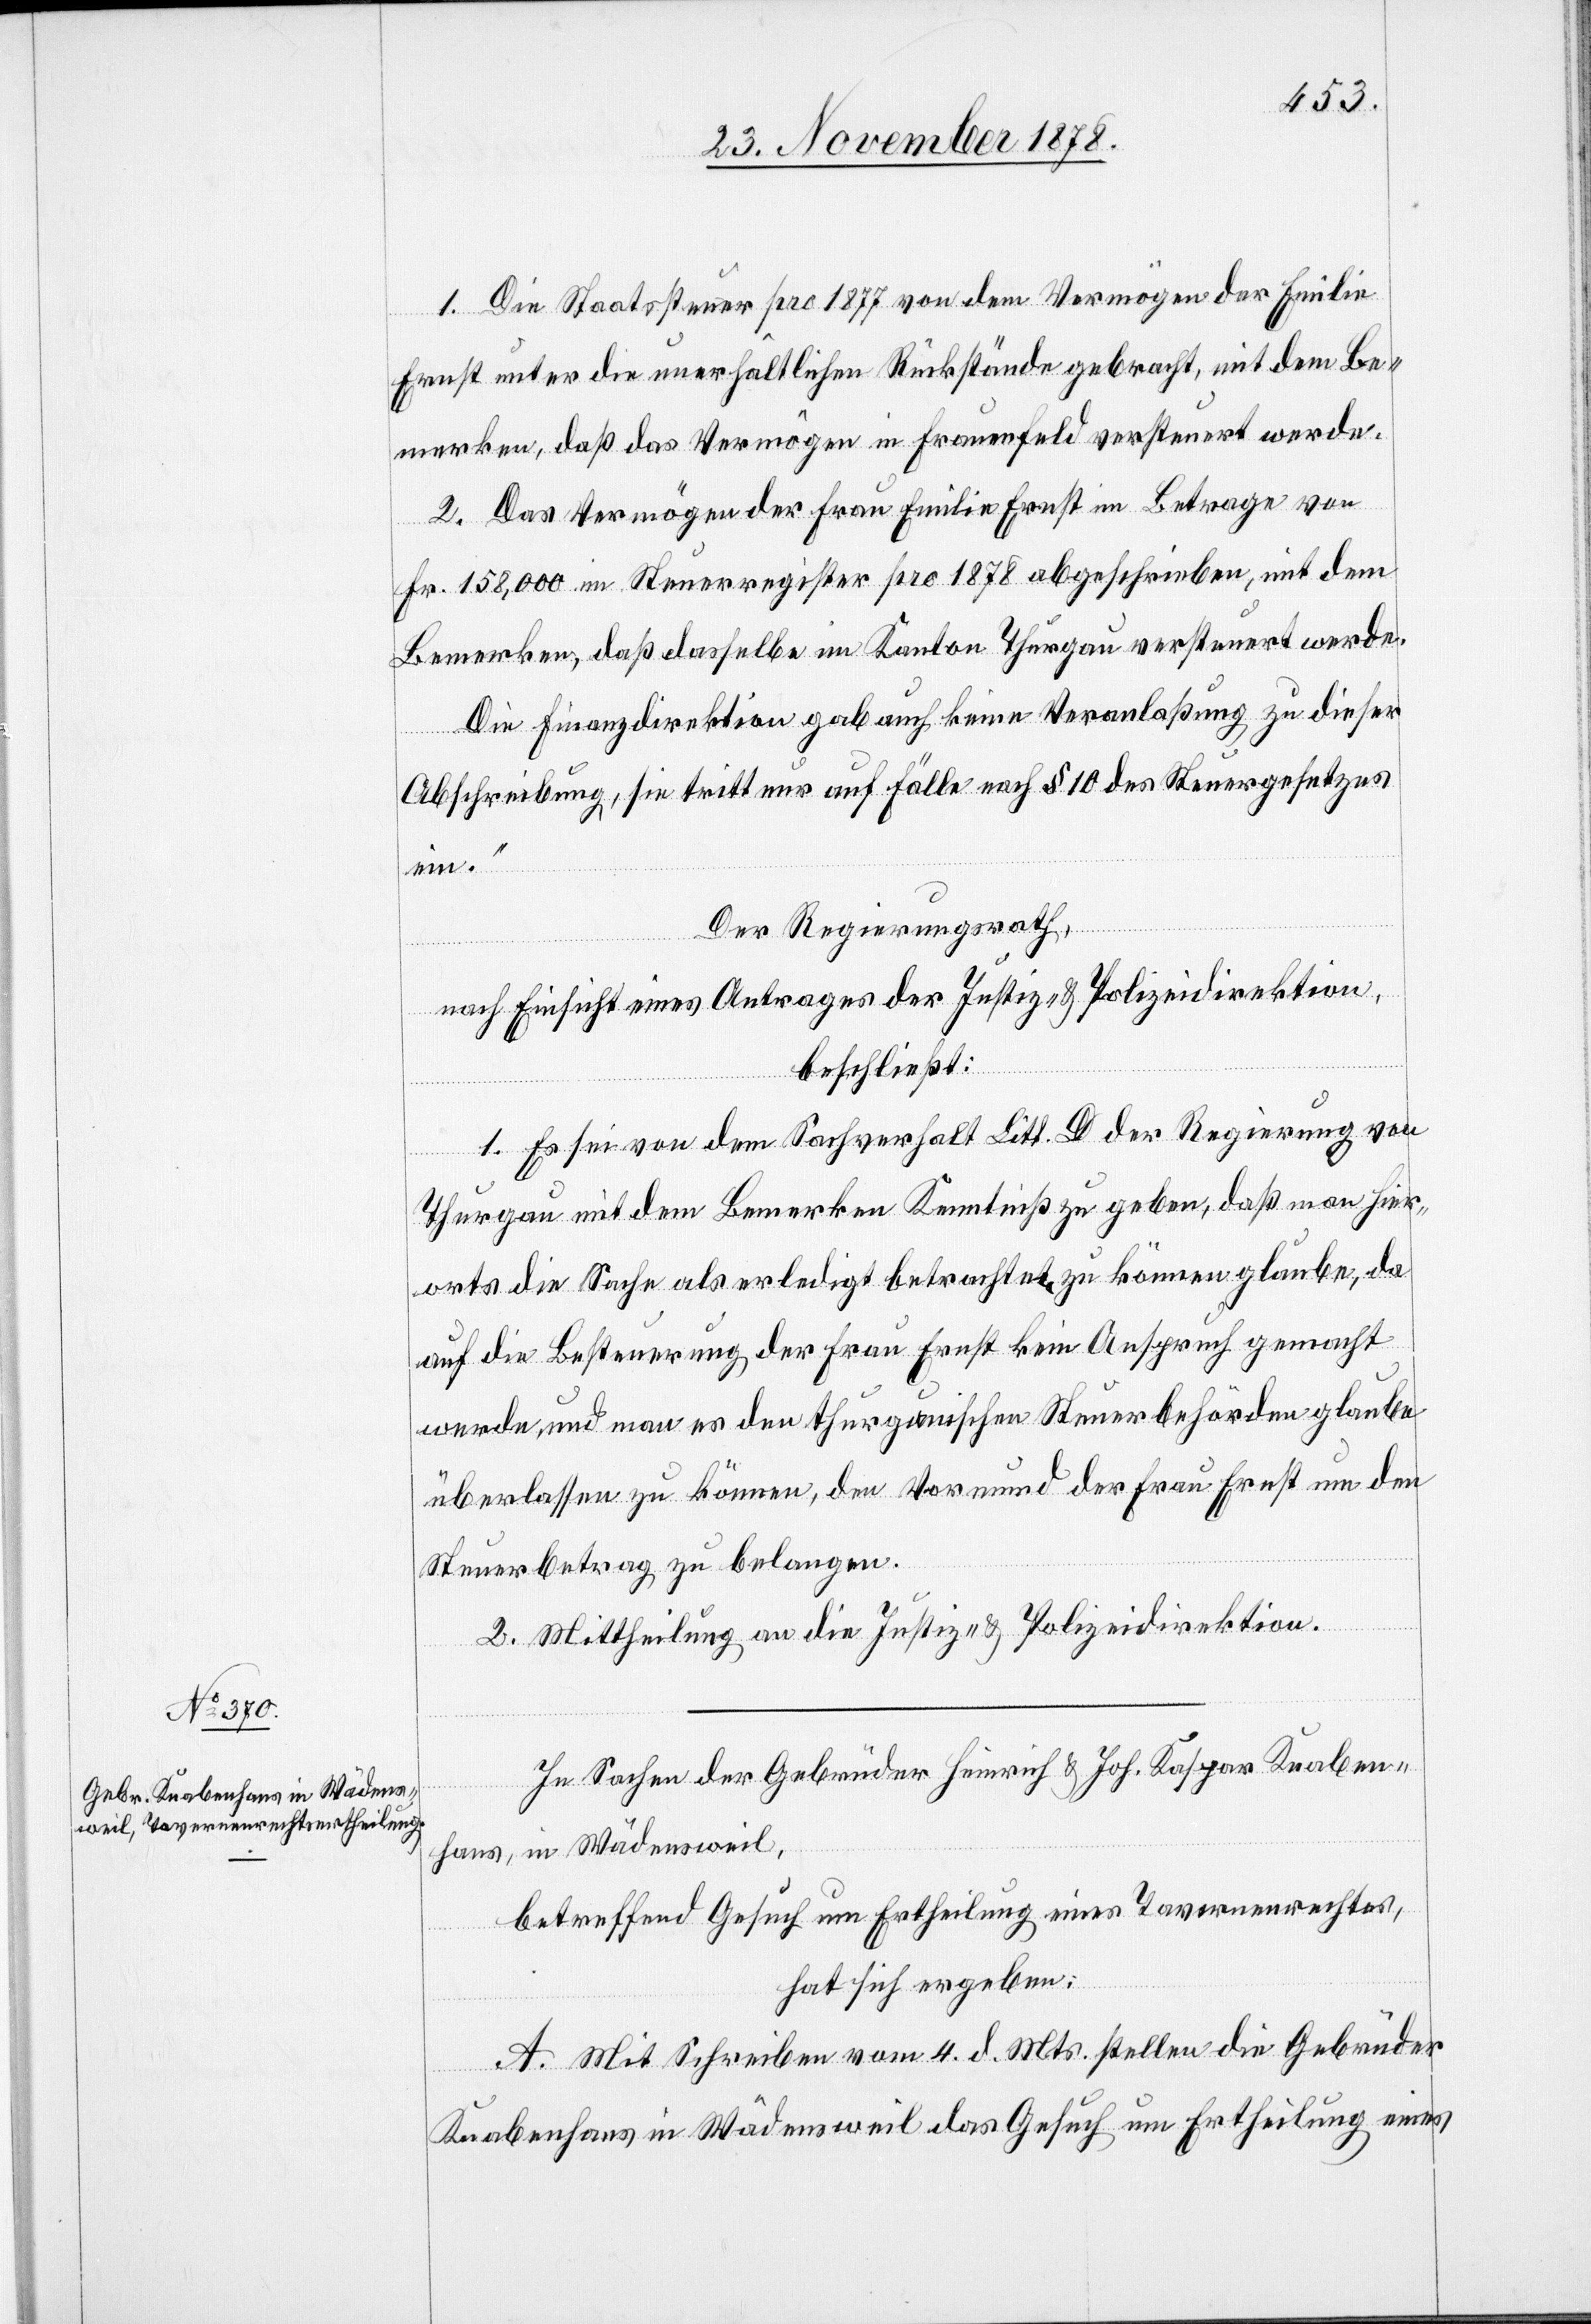
1. Die Staatssteuer pro 1877 von dem Vermögen der Emilie
Ernst unter die unerhältlichen Rückstände gebracht, mit dem Be¬
merken, daß das Vermögen in Frauenfeld versteuert werde.
2. Das Vermögen der Frau Emilie Ernst im Betrage von
Fr. 158,000 im Steuerregister pro 1878 abgeschrieben, mit dem
Bemerken, daß dasselbe im Kanton Thurgau versteuert werde.
Die Finanzdirektion gab auch keine Veranlaßung zu dieser
Abschreibung, sie tritt nur auf Fälle nach § 10 des Steuergesetzes
ein.“
Der Regierungsrath,
nach Einsicht eines Antrages der Justiz- & Polizeidirektion,
beschließt:
1. Es sei von dem Sachverhalt Litt. D. der Regierung von
Thurgau mit dem Bemerken Kenntniß zu geben, daß man hier¬
orts die Sache als erledigt betrachtet zu können glaube, da
auf die Besteuerung der Frau Ernst kein Anspruch gemacht
werde, und man es den thurgauischen Steuerbehörden glaube
überlassen zu können, den Vormund der Frau Ernst um den
Steuerbetrag zu belangen.
2. Mittheilung an die Justiz- & Polizeidirektion.
In Sachen der Gebrüder Heinrich & Joh. Kaspar Knaben¬
in Wädensweil,
hans,
betreffend Gesuch um Ertheilung eines Tavernenrechtes,
hat sich ergeben:
A. Mit Schreiben vom 4. d. Mts. stellen die Gebrüder
Knabenhans in Wädensweil das Gesuch um Ertheilung eines